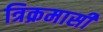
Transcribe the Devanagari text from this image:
त्रिक्रमासी